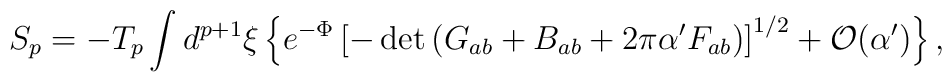
S_p = - T_p \int d^{p+1} \xi  \left\{   e^{-\Phi}    \left[     - \det \left( G_{ab} + B_{ab} + 2 \pi \alpha' F_{ab} \right)    \right]^{1/2}    + {\cal O}(\alpha')   \right\},